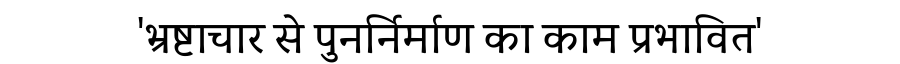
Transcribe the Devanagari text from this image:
'भ्रष्टाचार से पुनर्निर्माण का काम प्रभावित'